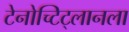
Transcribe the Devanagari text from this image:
टेनोच्टिट्लानला